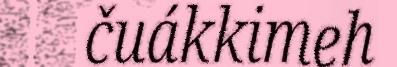
čuákkimeh